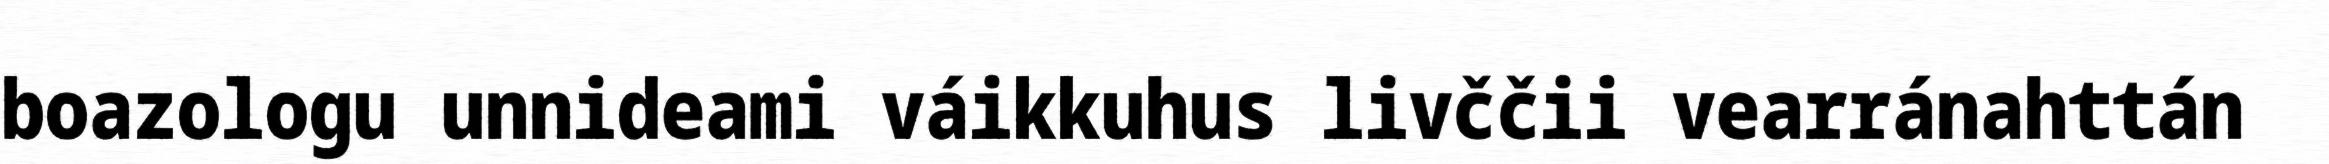
boazologu unnideami váikkuhus livččii vearránahttán